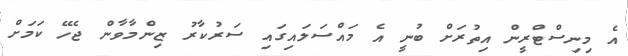
އެ މިނިސްޓްރީން އިތުރަށް ބުނީ އެ މައްސަލައިގައި ސަރުކާރު ޒިންމާވާން ޖެހޭ ކަމަށް